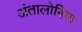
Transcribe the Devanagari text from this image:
अंतालोगिया